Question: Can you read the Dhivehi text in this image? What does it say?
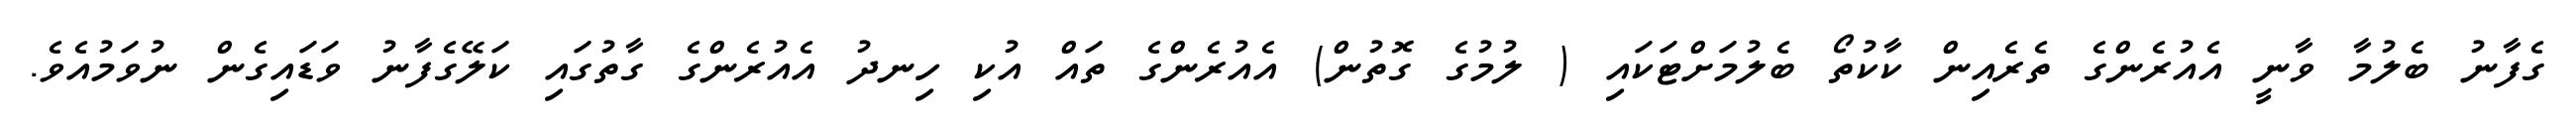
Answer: ގެފާނު ބެލުމާ ވާނީ އެއުރެންގެ ތެރެއިން ކާކުތޯ ބެލުމަށްޓަކައި ( ލުމުގެ ގޮތުން) އެއުރެންގެ ތައް އުކި ހިނދު އެއުރެންގެ ގާތުގައި ކަލޭގެފާނު ވަޑައިގެން ނުވަމުއެވެ.